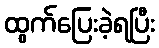
ထွက်ပြေးခဲ့ရပြီး